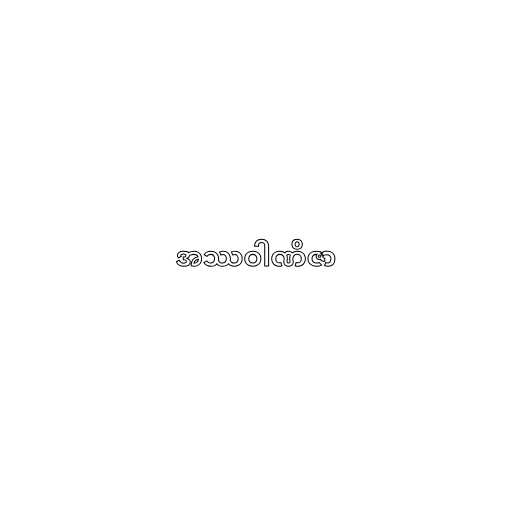
အဿဝါဏိဇာ